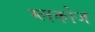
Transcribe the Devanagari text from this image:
ग्लकोज